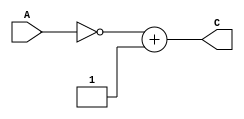
module and_gate(
	input wire [31:0] A, 
	output wire [31:0] C
);

assign C = ~A + 1;
endmodule